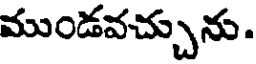
ముండవచ్చును.